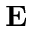
\mathbf { E }